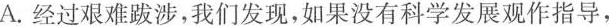
A.经过艰难跋涉，我们发现，如果没有科学发展观作指导，